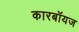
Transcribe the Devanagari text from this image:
कारबॉयज